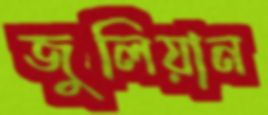
জুলিয়ান